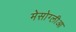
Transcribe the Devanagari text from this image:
मेसोग्लीआ